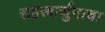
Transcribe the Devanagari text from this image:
सहस्त्रार्जुनाचा